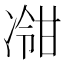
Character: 𫥕